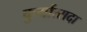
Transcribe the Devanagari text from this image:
कुर्यात्सदा